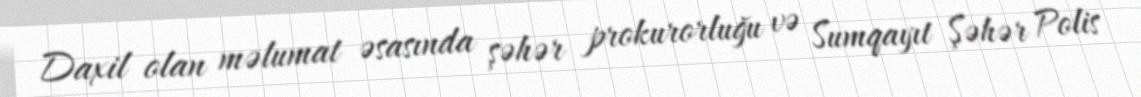
Daxil olan məlumat əsasında şəhər prokurorluğu və Sumqayıt Şəhər Polis